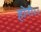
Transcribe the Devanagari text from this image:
होरी।।